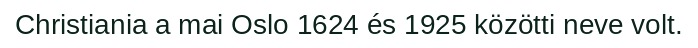
Christiania a mai Oslo 1624 és 1925 közötti neve volt.